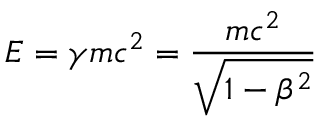
E = \gamma m c ^ { 2 } = { \frac { m c ^ { 2 } } { \sqrt { 1 - \beta ^ { 2 } } } }